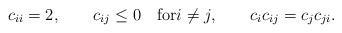
LaTeX: \begin{align*}c_{ii} = 2, \qquad c_{ij} \le 0\quad\mbox{for}i\not = j,\qquad c_ic_{ij} = c_jc_{ji}.\end{align*}